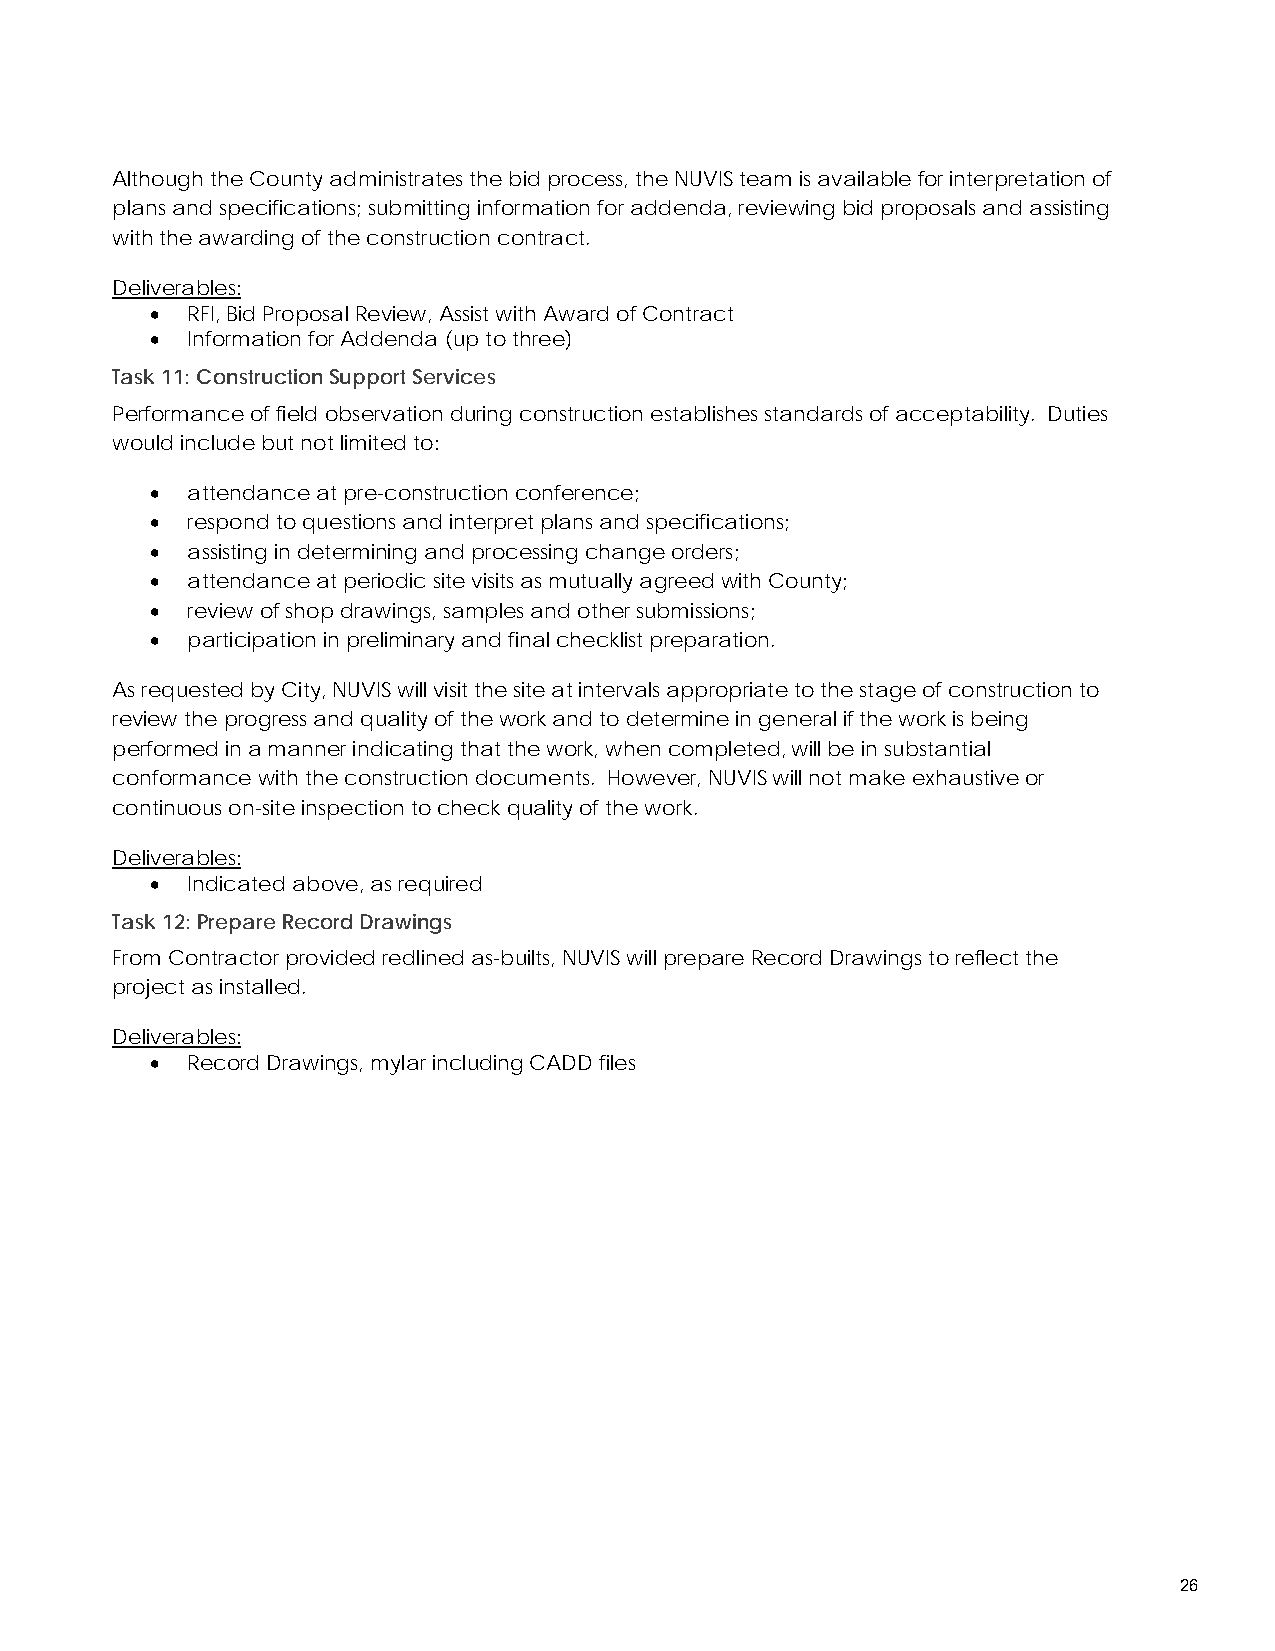
Although the County administrates the bid process, the NUVIS team is available for interpretation of
 plans and specifications; submitting information for addenda, reviewing bid proposals and assisting
 with the awarding of the construction contract.
 Deliverables:
 • RFI, Bid Proposal Review, Assist with Award of Contract
 • Information for Addenda (up to three)
 Task 11: Construction Support Services
 Performance of field observation during construction establishes standards of acceptability. Duties
 would include but not limited to:
 • attendance at pre-construction conference;
 • respond to questions and interpret plans and specifications;
 • assisting in determining and processing change orders;
 • attendance at periodic site visits as mutually agreed with County;
 • review of shop drawings, samples and other submissions;
 • participation in preliminary and final checklist preparation.
 As requested by City, NUVIS will visit the site at intervals appropriate to the stage of construction to
 review the progress and quality of the work and to determine in general if the work is being
 performed in a manner indicating that the work, when completed, will be in substantial
 conformance with the construction documents. However, NUVIS will not make exhaustive or
 continuous on-site inspection to check quality of the work.
 Deliverables:
 • Indicated above, as required
 Task 12: Prepare Record Drawings
 From Contractor provided redlined as-builts, NUVIS will prepare Record Drawings to reflect the
 project as installed.
 Deliverables:
 • Record Drawings, mylar including CADD files
 26